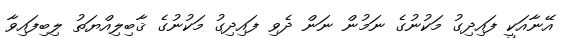
އޭނާއަކީ ފައިދިގު މަކުނުގެ ނަމުން ނަން ދެވި ފައިދިގު މަކުނުގެ ޤާބިލިއްޔަތު ލިބިފައިވާ